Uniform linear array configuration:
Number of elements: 12
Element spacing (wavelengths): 0.5
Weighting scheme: exponential
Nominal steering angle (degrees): -15
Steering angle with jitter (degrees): -15.975
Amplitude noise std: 0.05
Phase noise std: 0.05

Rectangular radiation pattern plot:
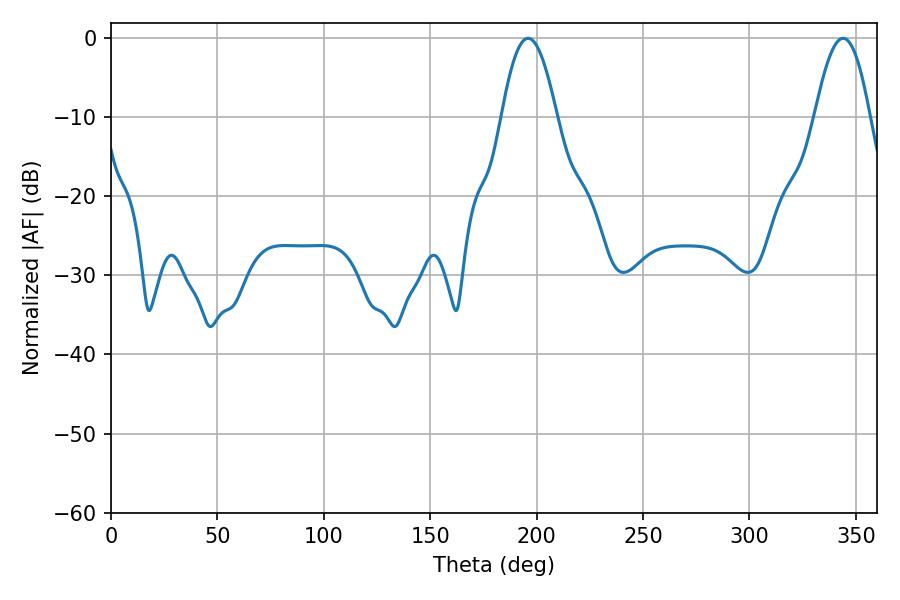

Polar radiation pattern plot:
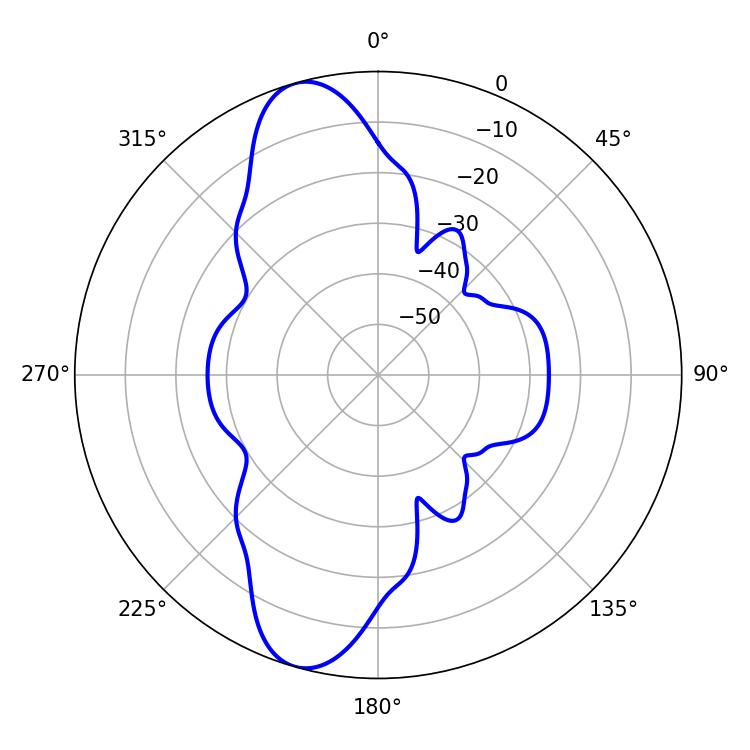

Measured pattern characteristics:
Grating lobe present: FALSE
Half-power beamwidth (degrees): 14.04
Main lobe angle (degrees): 196.02